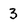
Character: 3